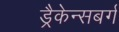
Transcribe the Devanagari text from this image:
ड्रैकेन्सबर्ग